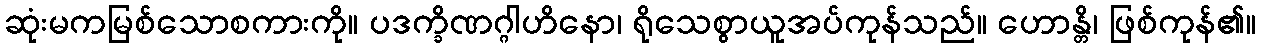
ဆုံးမကမြစ်သောစကားကို။ ပဒက္ခိဏဂ္ဂါဟိနော၊ ရိုသေစွာယူအပ်ကုန်သည်။ ဟောန္တိ၊ ဖြစ်ကုန်၏။